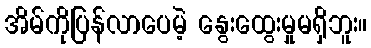
အိမ်ကိုပြန်လာပေမဲ့ နွေးထွေးမှုမရှိဘူး။